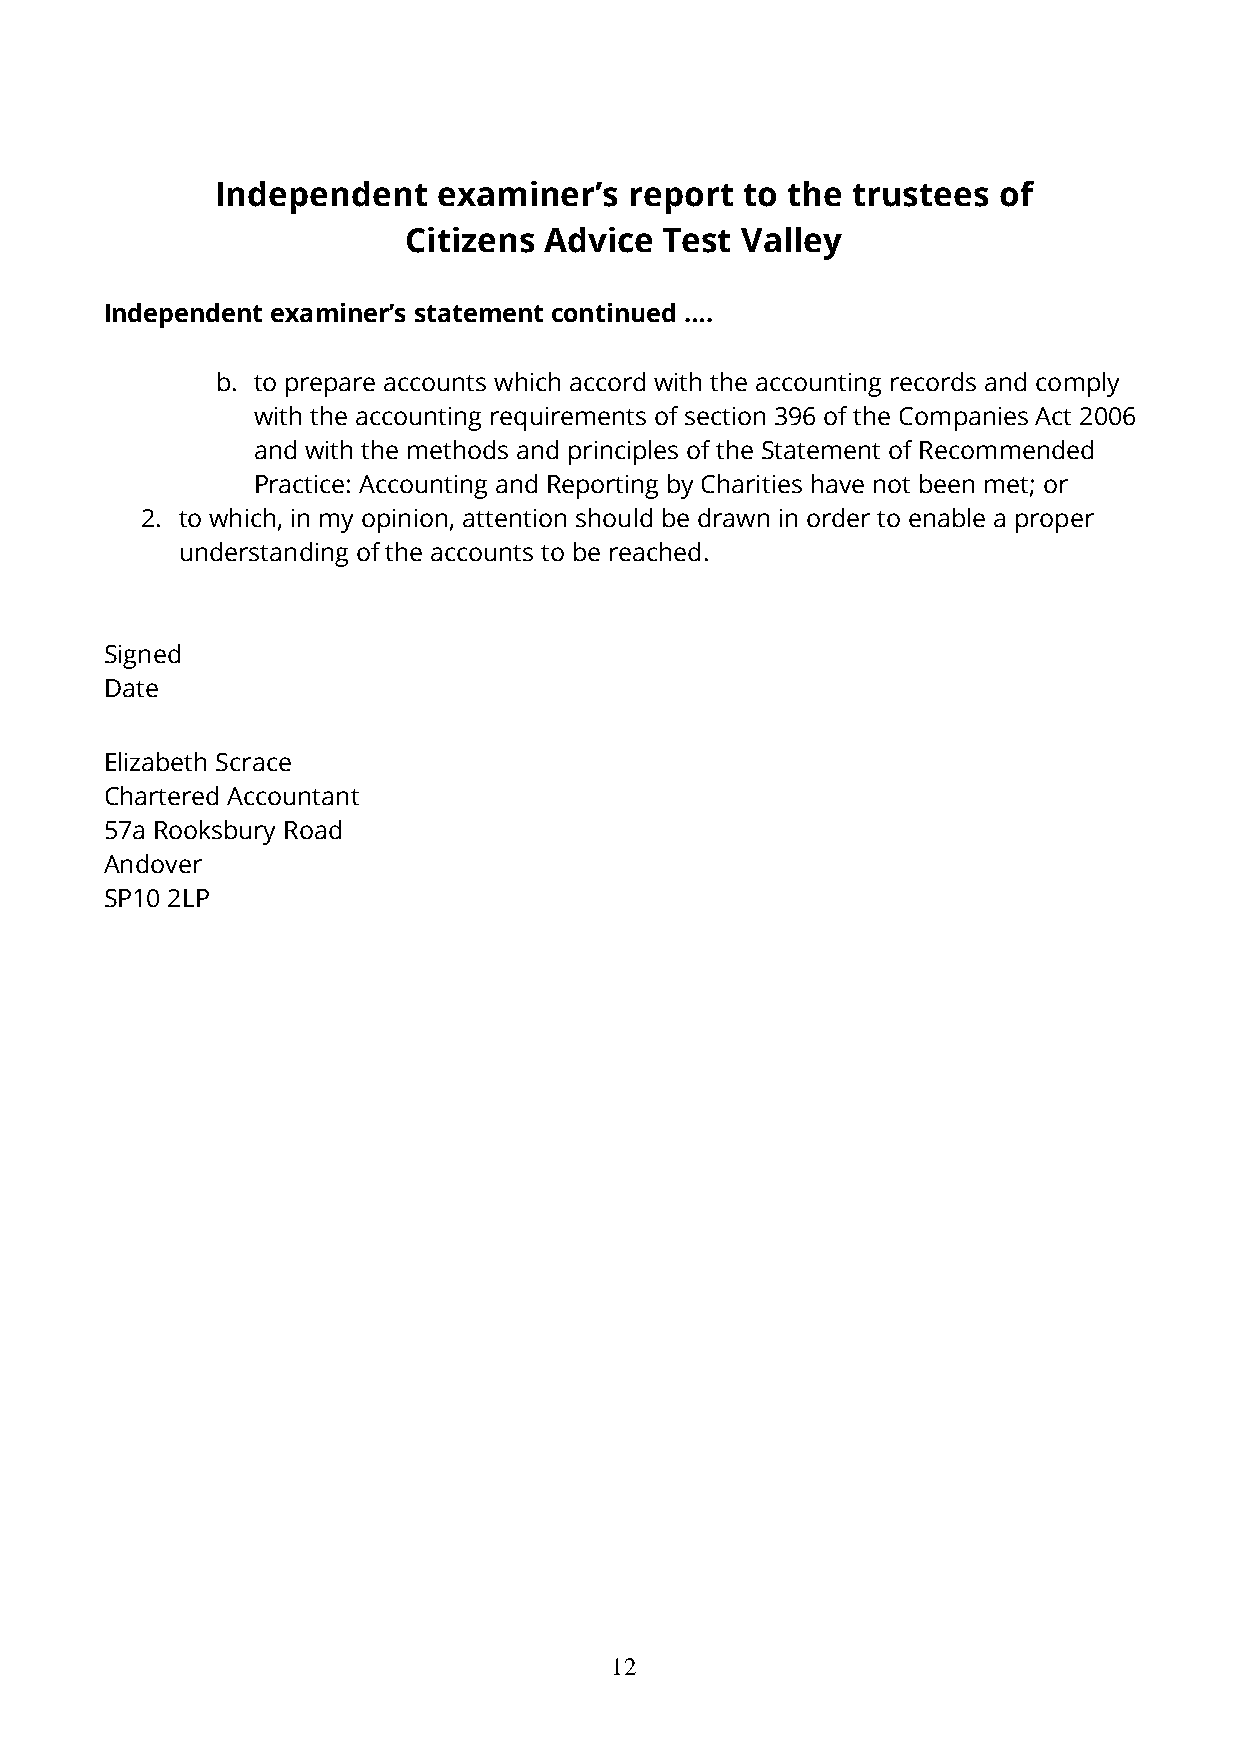
Independent    examiner’s   report to the trustees  of
 Citizens Advice  Test Valley
 Independent examiner’s statement continued ….
 b. to prepare accounts which accord with the accounting records and comply
 with the accounting requirements of section 396 of the Companies Act 2006
 and with the methods and principles of the Statement of Recommended
 Practice: Accounting and Reporting by Charities have not been met; or
 2. to which, in my opinion, attention should be drawn in order to enable a proper
 understanding of the accounts to be reached.
 Signed
 Date
 Elizabeth Scrace
 Chartered Accountant
 57a Rooksbury Road
 Andover
 SP10 2LP
 12